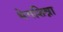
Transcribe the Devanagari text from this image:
भेगशिश्ना